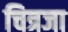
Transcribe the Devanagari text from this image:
चित्रजा